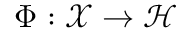
\Phi : \mathcal X \to \mathscr { H }